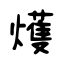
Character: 𤐰